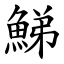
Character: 鮷